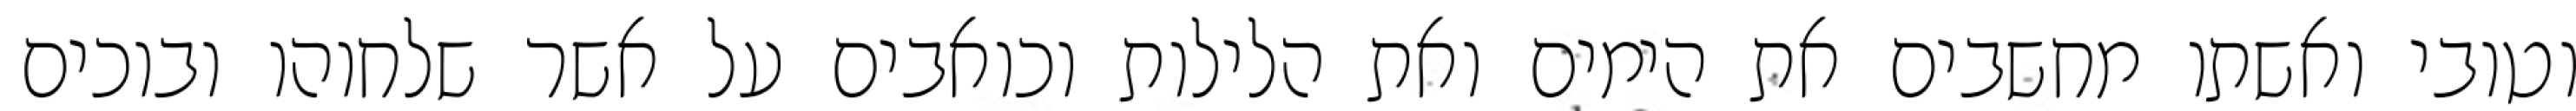
וטובי ואשתו מחשבים את הימים ואת הלילות וכואבים על אשר שלחוהו ובוכים